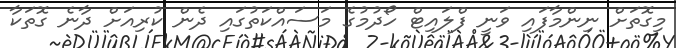
މިގޮތަށް ނިންމާފައި ވަނީ ފްލައިޓް ހޯދުމުގެ މަސައްކަތުގައި ދެން ކުރިއަށް ދާނެ ގޮތަކާ